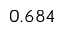
0 . 6 8 4